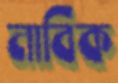
নাবিক